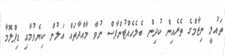
ތައުލީ ނިޒާމްގެ ތެރެއިން ކުދިން ބެލެހެއްޓުންފާސް ނުވާ މާއްދާތައް އަލުން ކިޔެވުމާއި ޑިޕްލޮމާ